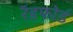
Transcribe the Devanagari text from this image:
रॅडफोर्ड